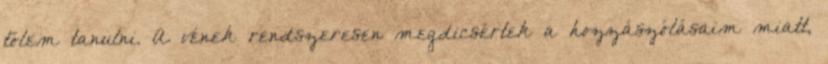
tőlem tanulni. A vének rendszeresen megdicsértek a hozzászólásaim miatt,